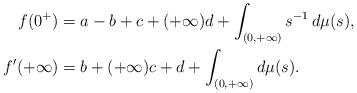
LaTeX: \begin{align*}f(0^+)&=a-b+c+(+\infty)d+\int_{(0,+\infty)}s^{-1}\,d\mu(s), \\f'(+\infty)&=b+(+\infty)c+d+\int_{(0,+\infty)}d\mu(s). \end{align*}